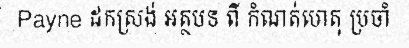
Payne ដកស្រង់ អត្ថបទ ពី កំណត់ហេតុ ប្រចាំ